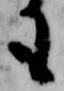
も